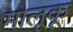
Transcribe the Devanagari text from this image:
मालूकू